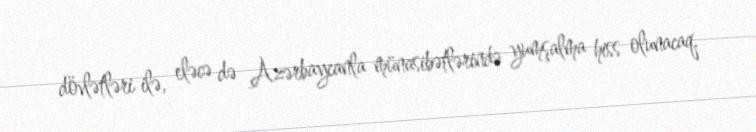
dövlətləri ilə, eləcə də Azərbaycanla münasibətlərində yumşalma hiss olunacaq.